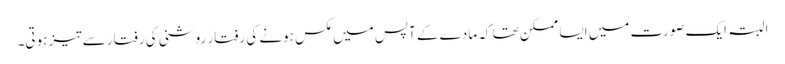
البتہ ایک صورت میں ایسا ممکن تھا کہ مادے کے آپس میں مکس ہونے کی رفتار روشنی کی رفتار سے تیز ہوتی۔